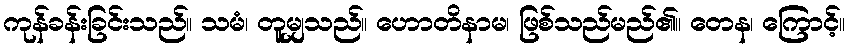
ကုန်ခန်းခြင်းသည်။ သမံ၊ တူမျှသည်။ ဟောတိနာမ၊ ဖြစ်သည်မည်၏။ တေန၊ ကြောင့်။